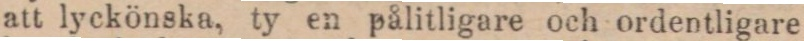
att lyckönska, ty en pålitligare och ordentligare